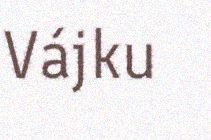
Vájku